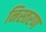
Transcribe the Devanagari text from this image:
निस्तरण